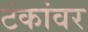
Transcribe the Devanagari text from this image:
टंकांवर